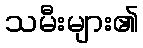
သမီးများ၏